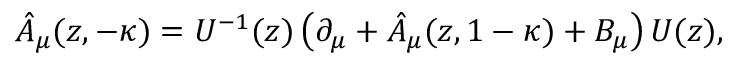
\hat { A } _ { \mu } ( z , - \kappa ) = U ^ { - 1 } ( z ) \left( \partial _ { \mu } + \hat { A } _ { \mu } ( z , 1 - \kappa ) + B _ { \mu } \right) U ( z ) ,